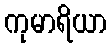
ကုမာရိယာ